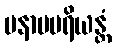
မနာပပရိယန္တံ